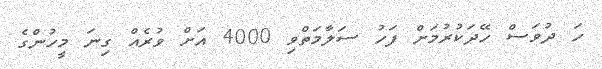
ހަ ދުވަސް ހޭދަކުރުމަށް ފަހު ސަލާމަތްވި 4000 އަށް ވުރެއް ގިނަ މީހުންގެ